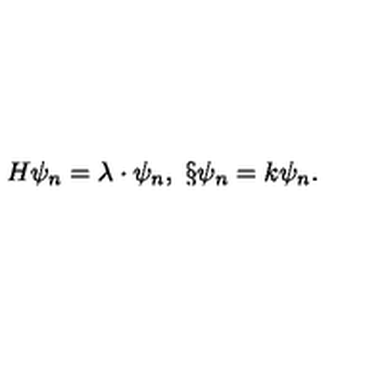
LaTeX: H \psi _ { n } = \lambda \cdot \psi _ { n } , \ \S \psi _ { n } = k \psi _ { n } .